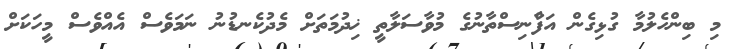
މި ބިންހެލުމާ ގުޅިގެން އަފްާނިސްތާނުގެ މުވާސަލާތީ ޚިދުމަތަށް މެދުކެނޑުނު ނަމަވެސް އެއްވެސް މީހަކަށް